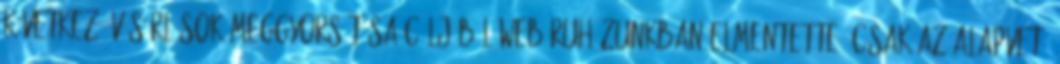
következő vásárlások meggyorsítása céljából webáruházunkban elmentette, csak az alapvető